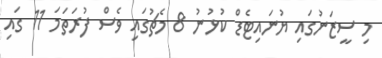
މި ސީޒަނުގައި ޔުނައިޓެޑް ކުޅުނު 8 މެޗުގައި ވެސް ފުރަތަމަ 11 ގައި